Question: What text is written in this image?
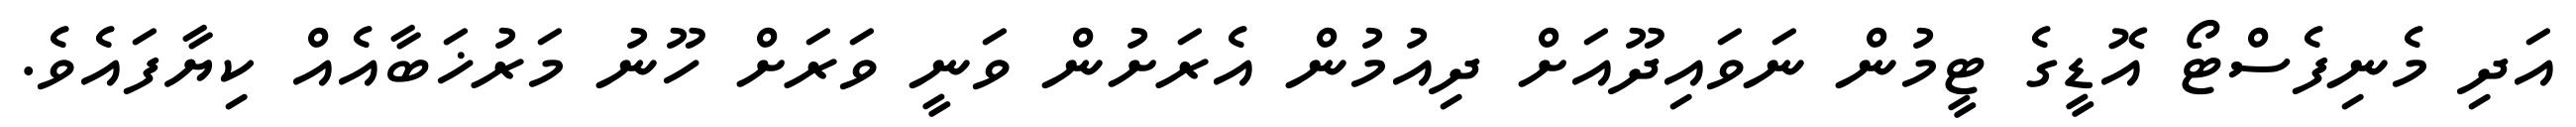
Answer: އަދި މެނިފެސްޓޯ އޮޑީގެ ޓީމުން ނަވައިދޫއަށް ދިއުމުން އެރަށުން ވަނީ ވަރަށް ހޫނު މަރުޚަބާއެއް ކިޔާފައެވެ.